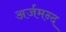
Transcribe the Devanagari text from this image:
अर्जमन्द